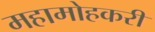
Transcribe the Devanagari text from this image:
महामोहकरी